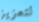
لتعزيز